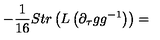
- \frac { 1 } { 1 6 } S t r \left( L \left( \partial _ { \tau } g g ^ { - 1 } \right) \right) =